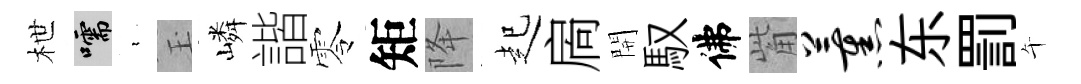
枻嚅裊玉嶙諧零矩降起扄開馭佛觜薰东罰午